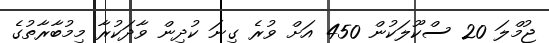
ޖުމްލަ 20 ސްކޫލަކުން 450 އަށް ވުރެ ގިނަ ކުދިން ވާދަކުރާ މިމުބާރާތުގެ